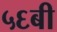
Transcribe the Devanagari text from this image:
५६बी